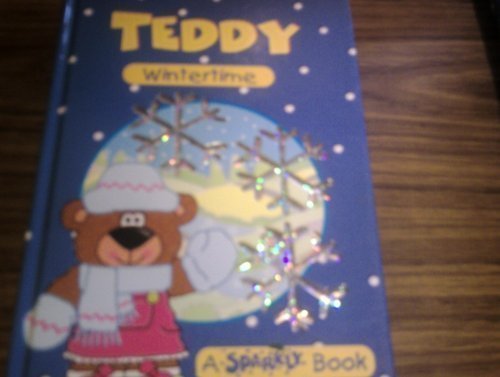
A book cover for Handbook of Dental Local Anesthetic; Hans Evers; Medical Books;